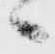
ゝ